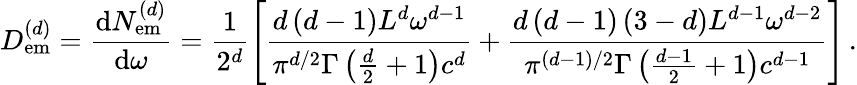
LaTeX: D_{\mathrm{em}}^{\left(d\right)}=\frac{\mathrm{d}N_{\mathrm{em}}^{\left(d\right)}}{\mathrm{d}\omega}=\frac{1}{2^{d}}\left[\frac{d\left(d-1\right)L^{d}\omega^{d-1}}{\pi^{d/2}\Gamma\left(\frac{d}{2}+1\right)c^{d}}+\frac{d\left(d-1\right)\left(3-d\right)L^{d-1}\omega^{d-2}}{\pi^{\left(d-1\right)/2}\Gamma\left(\frac{d-1}{2}+1\right)c^{d-1}}\right]\, .